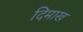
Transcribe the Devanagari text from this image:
दिमाख